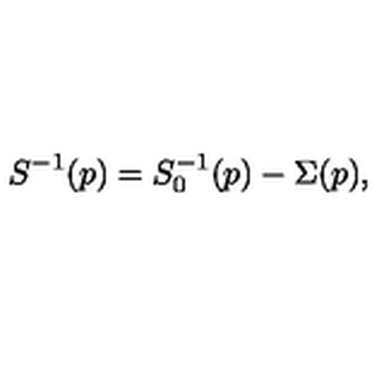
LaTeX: S ^ { - 1 } ( p ) = S _ { 0 } ^ { - 1 } ( p ) - \Sigma ( p ) ,